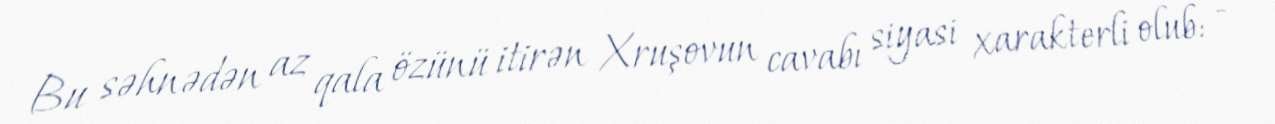
Bu səhnədən az qala özünü itirən Xruşovun cavabı siyasi xarakterli olub: -